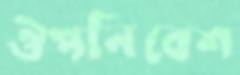
ঔপনিবেশ